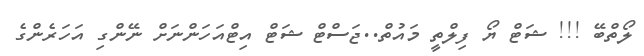
ލޯތްބޭ !!! ޝަޓް ޔޯ ފިލްތީ މައުތް..ޖަސްޓް ޝަޓް އިޓްއަހަންނަށް ނޭންގި އަހަރެންގެ